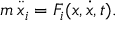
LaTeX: m \: \ddot { x } _ { i } = F _ { i } ( x , \dot { x } , t ) .